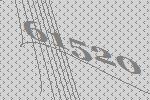
61520